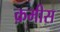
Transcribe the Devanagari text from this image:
क़मीस